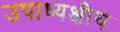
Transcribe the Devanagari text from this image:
उपाध्यक्षीय